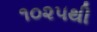
૧૦૨૫થી